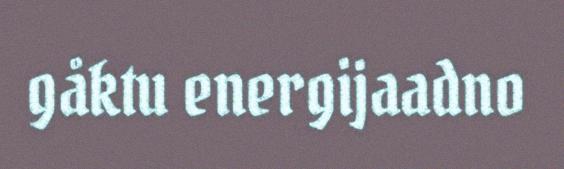
gåktu energijaadno